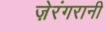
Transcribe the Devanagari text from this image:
ज़ेरंगरानी